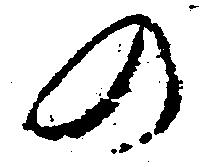
の